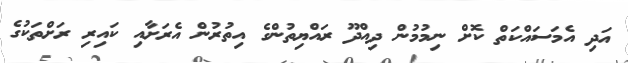
އަދި އެމަސައްކަތް ކޮށް ނިމުމުން ދިއްދޫ ރައްޔިތުންގެ އިތުރުން އެރަށާއި ކައިރި ރަށްތަކުގެ